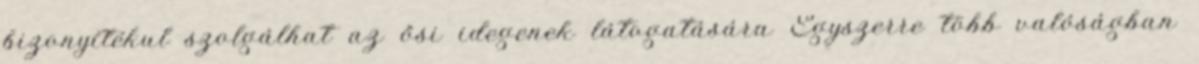
bizonyítékul szolgálhat az ősi idegenek látogatására Egyszerre több valóságban